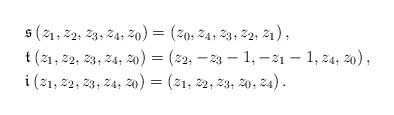
LaTeX: \begin{align*}\begin{aligned}&\mathfrak{s}\,(z_1,z_2,z_3,z_4,z_0) = (z_0,z_4,z_3,z_2,z_1) \,,\\& \mathfrak{t}\,(z_1,z_2,z_3,z_4,z_0) = (z_2,-z_3-1,-z_1-1,z_4,z_0) \,,\\& \mathfrak{i}\,(z_1,z_2,z_3,z_4,z_0) = (z_1,z_2,z_3,z_0,z_4)\,.\end{aligned}\end{align*}